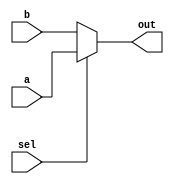
module mux_1_2to1(a,b,sel,out); //0-->a,1-->b

input a,b;
input sel;

output out;
wire out;

assign out=sel?a:b;

endmodule